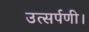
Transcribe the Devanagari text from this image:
उत्सर्पणी।